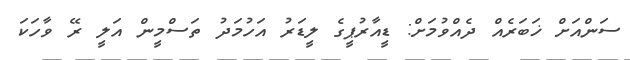
ސަންއަށް ޚަބަރެއް ދެއްވުމަށް: ޑީއާރުޕީގެ ލީޑަރު އަހުމަދު ތަސްމީން އަލީ ރޭ ވާހަކަ